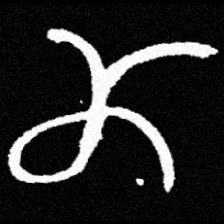
Pyu character \u2014 Myanmar letter: ဏ (romanized: nna)